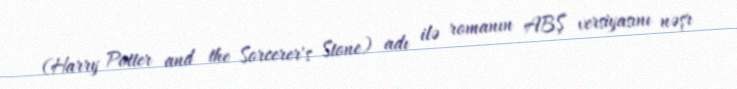
(Harry Potter and the Sorcerer's Stone) adı ilə romanın ABŞ versiyasını nəşr